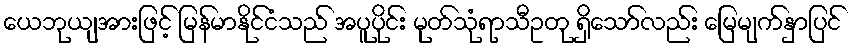
ယေဘုယျအားဖြင့် မြန်မာနိုင်ငံသည် အပူပိုင်း မုတ်သုံရာသီဥတု ရှိသော်လည်း မြေမျက်နှာပြင်